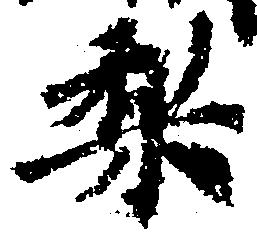
梨